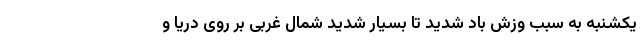
یکشنبه به سبب وزش باد شدید تا بسیار شدید شمال غربی بر روی دریا و